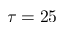
\tau = 2 5